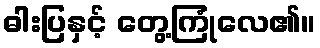
ဓါးပြနှင့် တွေ့ကြုံလေ၏။